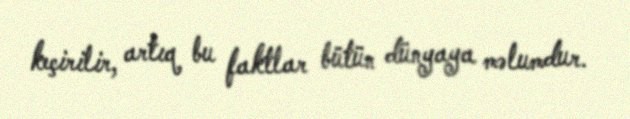
keçirilir, artıq bu faktlar bütün dünyaya məlumdur.